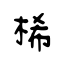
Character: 桸